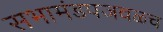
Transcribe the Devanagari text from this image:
सभामंडपजवळच